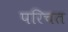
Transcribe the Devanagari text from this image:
परिचत